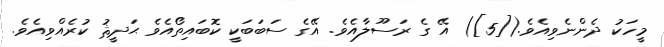
މީހަކު ދެންނެވިއެވެ.([5]) އޭ ގެ ރަސޫލާއެވެ. އޭގެ ސަބަބަކީ ކޮބައިތޯއެވެ ޙަދީޘު ކުރެއްވިއެވެ.